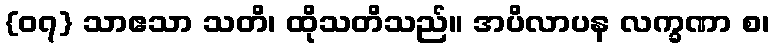
{၀၇} သာဧသာ သတိ၊ ထိုသတိသည်။ အပိလာပန လက္ခဏာ စ၊